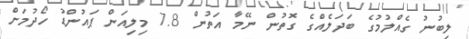
ލިބުނު ގެއްލުމުގެ ބަދަލެއްގެ ގޮތުން ނޭމާ އަތުން 7.8 މިލިއަން ޕައުންޑު ހޯދުމަށް